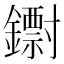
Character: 𨮬